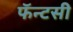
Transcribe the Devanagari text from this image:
फॅन्टसी